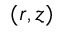
( r , z )